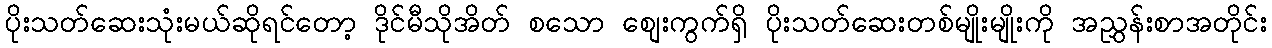
ပိုးသတ်ဆေးသုံးမယ်ဆိုရင်တော့ ဒိုင်မီသိုအိတ် စသော စျေးကွက်ရှိ ပိုးသတ်ဆေးတစ်မျိုးမျိုးကို အညွှန်းစာအတိုင်း